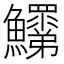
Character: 𩽞